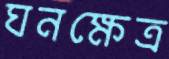
ঘনক্ষেত্র